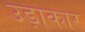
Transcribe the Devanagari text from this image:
उड़ाकार